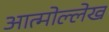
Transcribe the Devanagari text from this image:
आत्मोल्लेख